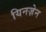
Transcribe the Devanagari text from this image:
यिनज़ेन